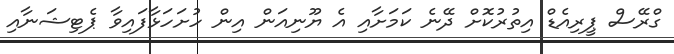
ގްރޭސް ޕީރިއެޑް އިތުރުކޮށް ދޭނެ ކަމަށާއި އެ ޔޫނިއަން އިން ހުށަހަޅާފައިވާ ޕެޓިޝަނާއި